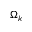
\Omega _ { k }